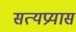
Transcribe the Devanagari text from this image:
सत्यप्रयास